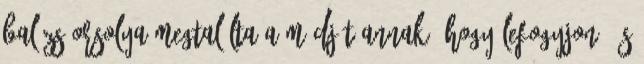
Balázs Orsolya megtalálta a módját annak, hogy lefogyjon, és